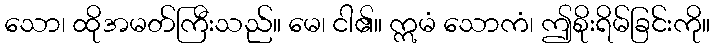
သော၊ ထိုအမတ်ကြီးသည်။ မေ၊ ငါ၏။ ဣမံ သောကံ၊ ဤစိုးရိမ်ခြင်းကို။